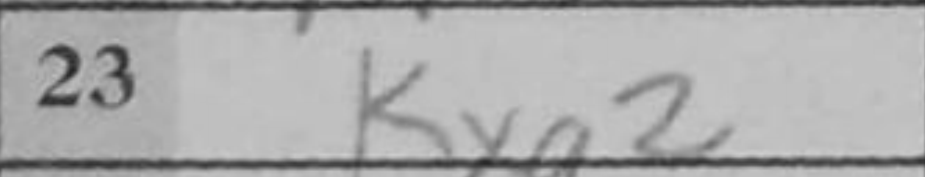
Transcription: Kxg2